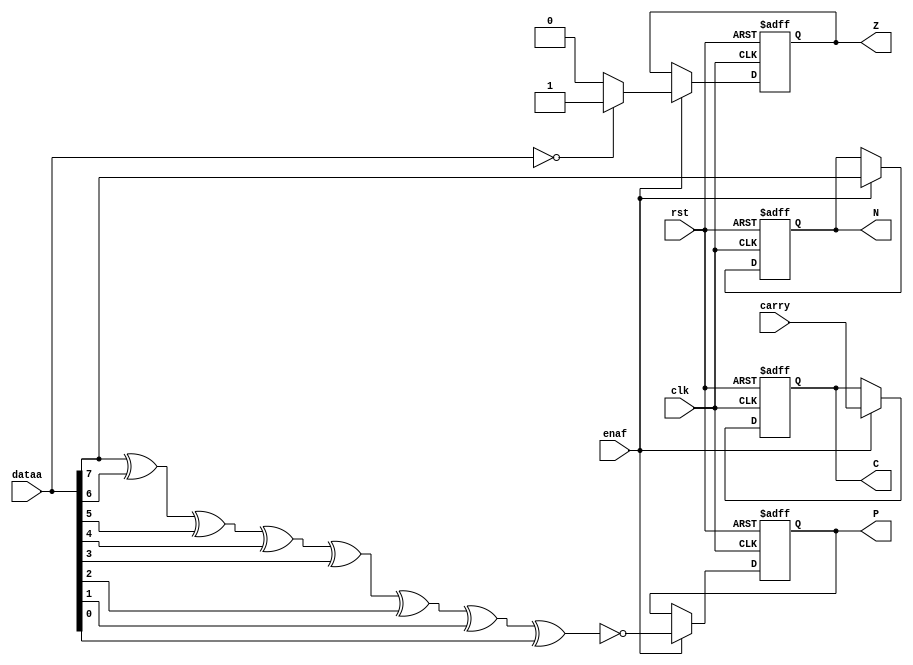
//Flag register
module flag_register #(parameter MAX_WIDTH = 8)(
	input wire clk,
	input wire rst,
	input wire enaf,
	input wire [MAX_WIDTH-1:0] dataa,
	input wire carry,
	output reg C,
	output reg N,
	output reg P,
	output reg Z);
	
// Setting initial values of flags

initial begin
	C = 1'b0;
	N = 1'b0;
	P = 1'b0;
	Z = 1'b0;
end

always @(posedge clk, posedge rst) begin
	if (rst) begin
		C <= 1'b0;
		N <= 1'b0;
		P <= 1'b0;
		Z <= 1'b0;
	end else if (enaf) begin
		C <= carry;
		N <= dataa[MAX_WIDTH-1]; //MSB for the negative flag
		P <= ~(dataa[7] ^ dataa[6] ^ dataa[5] ^ dataa[4] ^ dataa[3] ^ dataa[2] ^ dataa[1] ^ dataa[0]);
		Z <= (dataa == 0) ? 1'b1 : 1'b0;
	end
end

endmodule